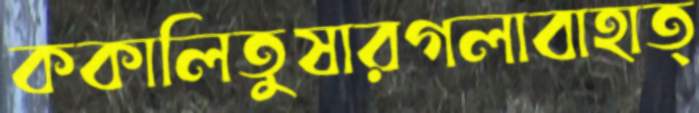
ককালিতুষারগলাবাহাত্